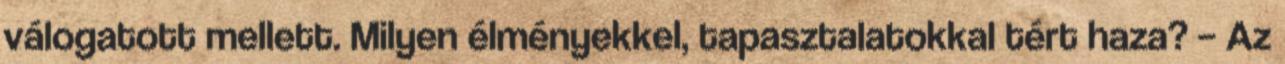
válogatott mellett. Milyen élményekkel, tapasztalatokkal tért haza? – Az